Civil Veterinary Dept. North-West Frontier Province 1933-46 - 1933-1946
Year: 1933
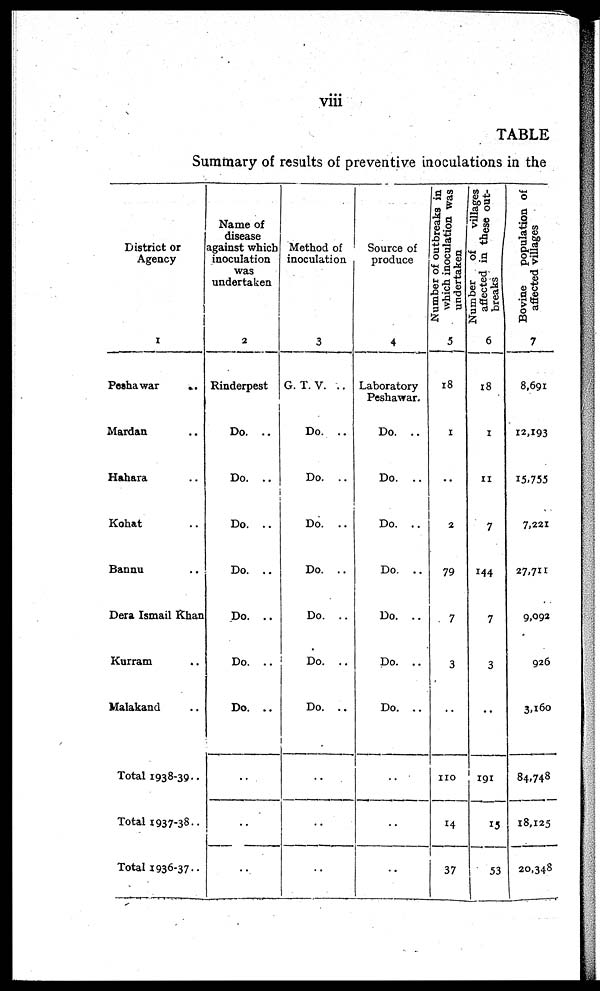
viii
TABLE
Summary of results of preventive inoculations in the
District or
Agency
1
Peshawar
...
Mardan ..
Hahara ..
Kohat ..
Bannu ..
Dera Ismail Khan
Kurram ..
Malakand ..
Total 1938-39 ..
Total 1937-38..
Total 1936-37..
Name of
disease
against which
inoculation
was
undertaken
2
Rinderpest
Do. ..
Do. ..
Do. ..
Do. ..
Do. ..
Do. ..
Do. ..
..
..
..
Method of
inoculation
3
G. T. V.
Do. ..
Do. ..
Do. ..
Do. ..
Do. ..
Do. ..
Do. ..
..
..
..
Source of
produce
4
Laboratory
Peshawar.
Do. ..
Do. ..
..
Do. ..
Do. ..
Do. ..
Do. ..
..
..
...
Number of outbreaks in
which inoculation was
undertaken
5
18
1
..
2
79
7
3
..
110
14
37
Number
of
villages
affected in these out-
breaks
6
18
1
11
7
144
7
3
..
191
15
53
Bovine
population of
affected villages
7
8,691
12,193
15,755
7,221
27,711
9,092
926
3,160
84,748
18,125
20,348